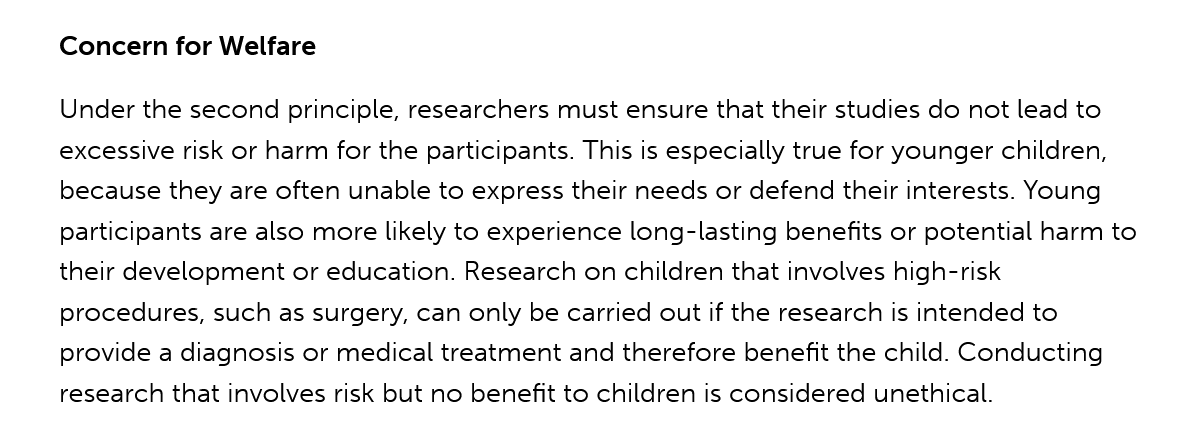
Concern for Welfare
     Under the second principle, researchers must ensure that their studies do not lead to
     excessive risk or harm for the participants. This is especially true for younger children,
     because they are often unable to express their needs or defend their interests. Young
     participants are also more likely to experience long-lasting benefits or potential harm to
     their development or education. Research on children that involves high-risk
     procedures, such as surgery, can only be carried out if the research is intended to
     provide a diagnosis or medical treatment and therefore benefit the child. Conducting
     research that involves risk but no benefit to children is considered unethical.